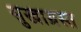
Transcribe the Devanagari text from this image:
सुखाग्रस्‍त